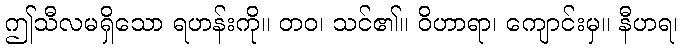
ဤသီလမရှိသော ရဟန်းကို။ တဝ၊ သင်၏။ ဝိဟာရာ၊ ကျောင်းမှ။ နီဟရ၊